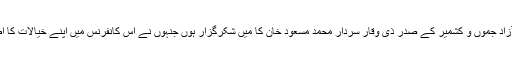
بالخصوص آزاد جموں و کشمیر کے صدرِ ذی وقار سردار محمد مسعود خان کا میں شکرگزار ہوں جنہوں نے اس کانفرنس میں اپنے خیالات کا اظہار فرمایا۔